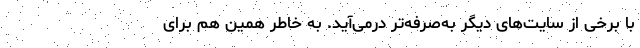
با برخی از سایت‌های دیگر به‌صرفه‌تر درمی‌آید. به خاطر همین هم برای